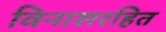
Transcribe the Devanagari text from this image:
विनाशरहित